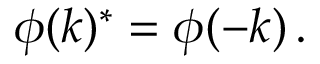
\phi ( k ) ^ { * } = \phi ( - k ) \, .